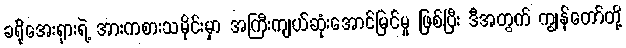
ခရိုအေးရှားရဲ့ အားကစားသမိုင်းမှာ အကြီးကျယ်ဆုံးအောင်မြင်မှု ဖြစ်ပြီး ဒီအတွက် ကျွန်တော်တို့